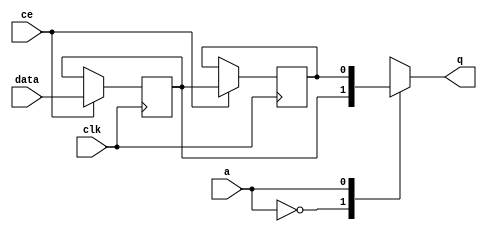
// ==============================================================
// Vitis HLS - High-Level Synthesis from C, C++ and OpenCL v2020.2 (64-bit)
// Copyright 1986-2020 Xilinx, Inc. All Rights Reserved.
// ==============================================================

`timescale 1 ns / 1 ps

module hyperloglog_top_start_for_fill_bucket_14_U0_shiftReg (
    clk,
    data,
    ce,
    a,
    q);

parameter DATA_WIDTH = 32'd1;
parameter ADDR_WIDTH = 32'd1;
parameter DEPTH = 2'd2;

input clk;
input [DATA_WIDTH-1:0] data;
input ce;
input [ADDR_WIDTH-1:0] a;
output [DATA_WIDTH-1:0] q;

reg[DATA_WIDTH-1:0] SRL_SIG [0:DEPTH-1];
integer i;

always @ (posedge clk)
    begin
        if (ce)
        begin
            for (i=0;i<DEPTH-1;i=i+1)
                SRL_SIG[i+1] <= SRL_SIG[i];
            SRL_SIG[0] <= data;
        end
    end

assign q = SRL_SIG[a];

endmodule

module hyperloglog_top_start_for_fill_bucket_14_U0 (
    clk,
    reset,
    if_empty_n,
    if_read_ce,
    if_read,
    if_dout,
    if_full_n,
    if_write_ce,
    if_write,
    if_din);

parameter MEM_STYLE   = "shiftreg";
parameter DATA_WIDTH  = 32'd1;
parameter ADDR_WIDTH  = 32'd1;
parameter DEPTH       = 2'd2;

input clk;
input reset;
output if_empty_n;
input if_read_ce;
input if_read;
output[DATA_WIDTH - 1:0] if_dout;
output if_full_n;
input if_write_ce;
input if_write;
input[DATA_WIDTH - 1:0] if_din;

wire[ADDR_WIDTH - 1:0] shiftReg_addr ;
wire[DATA_WIDTH - 1:0] shiftReg_data, shiftReg_q;
wire                     shiftReg_ce;
reg[ADDR_WIDTH:0] mOutPtr = ~{(ADDR_WIDTH+1){1'b0}};
reg internal_empty_n = 0;
reg internal_full_n = 1;

assign if_full_n = internal_full_n;
assign if_empty_n = internal_empty_n;
assign shiftReg_data = if_din;
assign if_dout = shiftReg_q;

always @ (posedge clk) begin
    if (reset == 1'b1)
    begin
        mOutPtr <= ~{ADDR_WIDTH+1{1'b0}};
        internal_empty_n <= 1'b0;
        internal_full_n <= 1'b1;
    end
    else begin
        if (((if_read & if_read_ce) == 1 & internal_empty_n == 1) && 
            ((if_write & if_write_ce) == 0 | internal_full_n == 0))
        begin
            mOutPtr <= mOutPtr - 2'd1;
            if (mOutPtr == 2'd0)
                internal_empty_n <= 1'b0;
            internal_full_n <= 1'b1;
        end 
        else if (((if_read & if_read_ce) == 0 | internal_empty_n == 0) && 
            ((if_write & if_write_ce) == 1 & internal_full_n == 1))
        begin
            mOutPtr <= mOutPtr + 2'd1;
            internal_empty_n <= 1'b1;
            if (mOutPtr == DEPTH - 2'd2)
                internal_full_n <= 1'b0;
        end 
    end
end

assign shiftReg_addr = mOutPtr[ADDR_WIDTH] == 1'b0 ? mOutPtr[ADDR_WIDTH-1:0]:{ADDR_WIDTH{1'b0}};
assign shiftReg_ce = (if_write & if_write_ce) & internal_full_n;

hyperloglog_top_start_for_fill_bucket_14_U0_shiftReg 
#(
    .DATA_WIDTH(DATA_WIDTH),
    .ADDR_WIDTH(ADDR_WIDTH),
    .DEPTH(DEPTH))
U_hyperloglog_top_start_for_fill_bucket_14_U0_ram (
    .clk(clk),
    .data(shiftReg_data),
    .ce(shiftReg_ce),
    .a(shiftReg_addr),
    .q(shiftReg_q));

endmodule